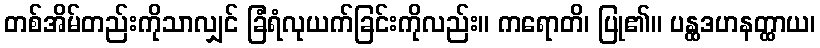
တစ်အိမ်တည်းကိုသာလျှင် ခြံရံလုယက်ခြင်းကိုလည်း။ ကရောတိ၊ ပြု၏။ ပန္ထဒဟနတ္ထာယ၊